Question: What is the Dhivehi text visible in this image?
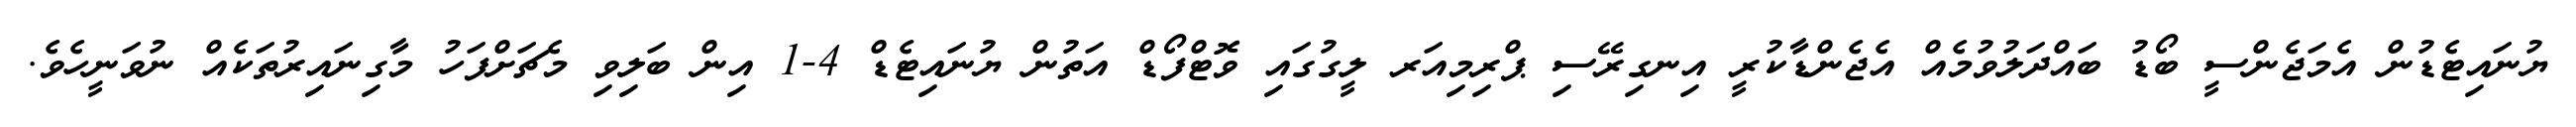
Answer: ޔުނައިޓެޑުން އެމަޖެންސީ ބޯޑު ބައްދަލުވުމެއް އެޖެންޑާކުރީ އިނގިރޭސި ޕްރިމިއަރ ލީގުގައި ވޮޓްފޯޑް އަތުން ޔުނައިޓެޑް 4-1 އިން ބަލިވި މެޗަށްފަހު މާގިނައިރުތަކެއް ނުވަނީހެވެ.